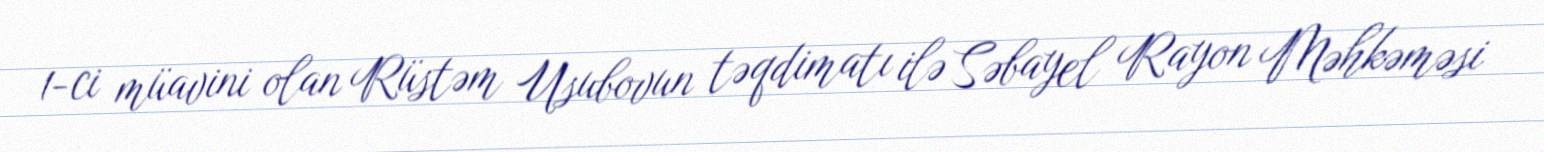
1-ci müavini olan Rüstəm Usubovun təqdimatı ilə Səbayel Rayon Məhkəməsi